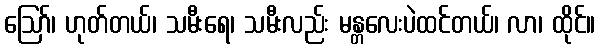
ဪ၊ ဟုတ်တယ်၊ သမီးရေ၊ သမီးလည်း မန္တလေးပဲထင်တယ်၊ လာ၊ ထိုင်။